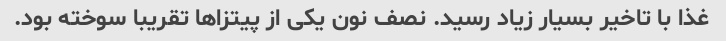
غذا با تاخیر بسیار زیاد رسید. نصف نون یکی از پیتزاها تقریبا سوخته بود.